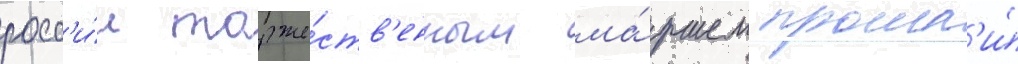
росс'и́и торже́ств'енным ма́ршем прошл'и́